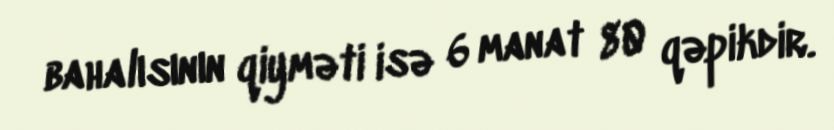
bahalısının qiyməti isə 6 manat 80 qəpikdir.